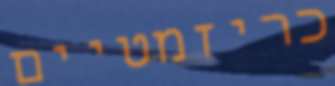
כריזמטיים